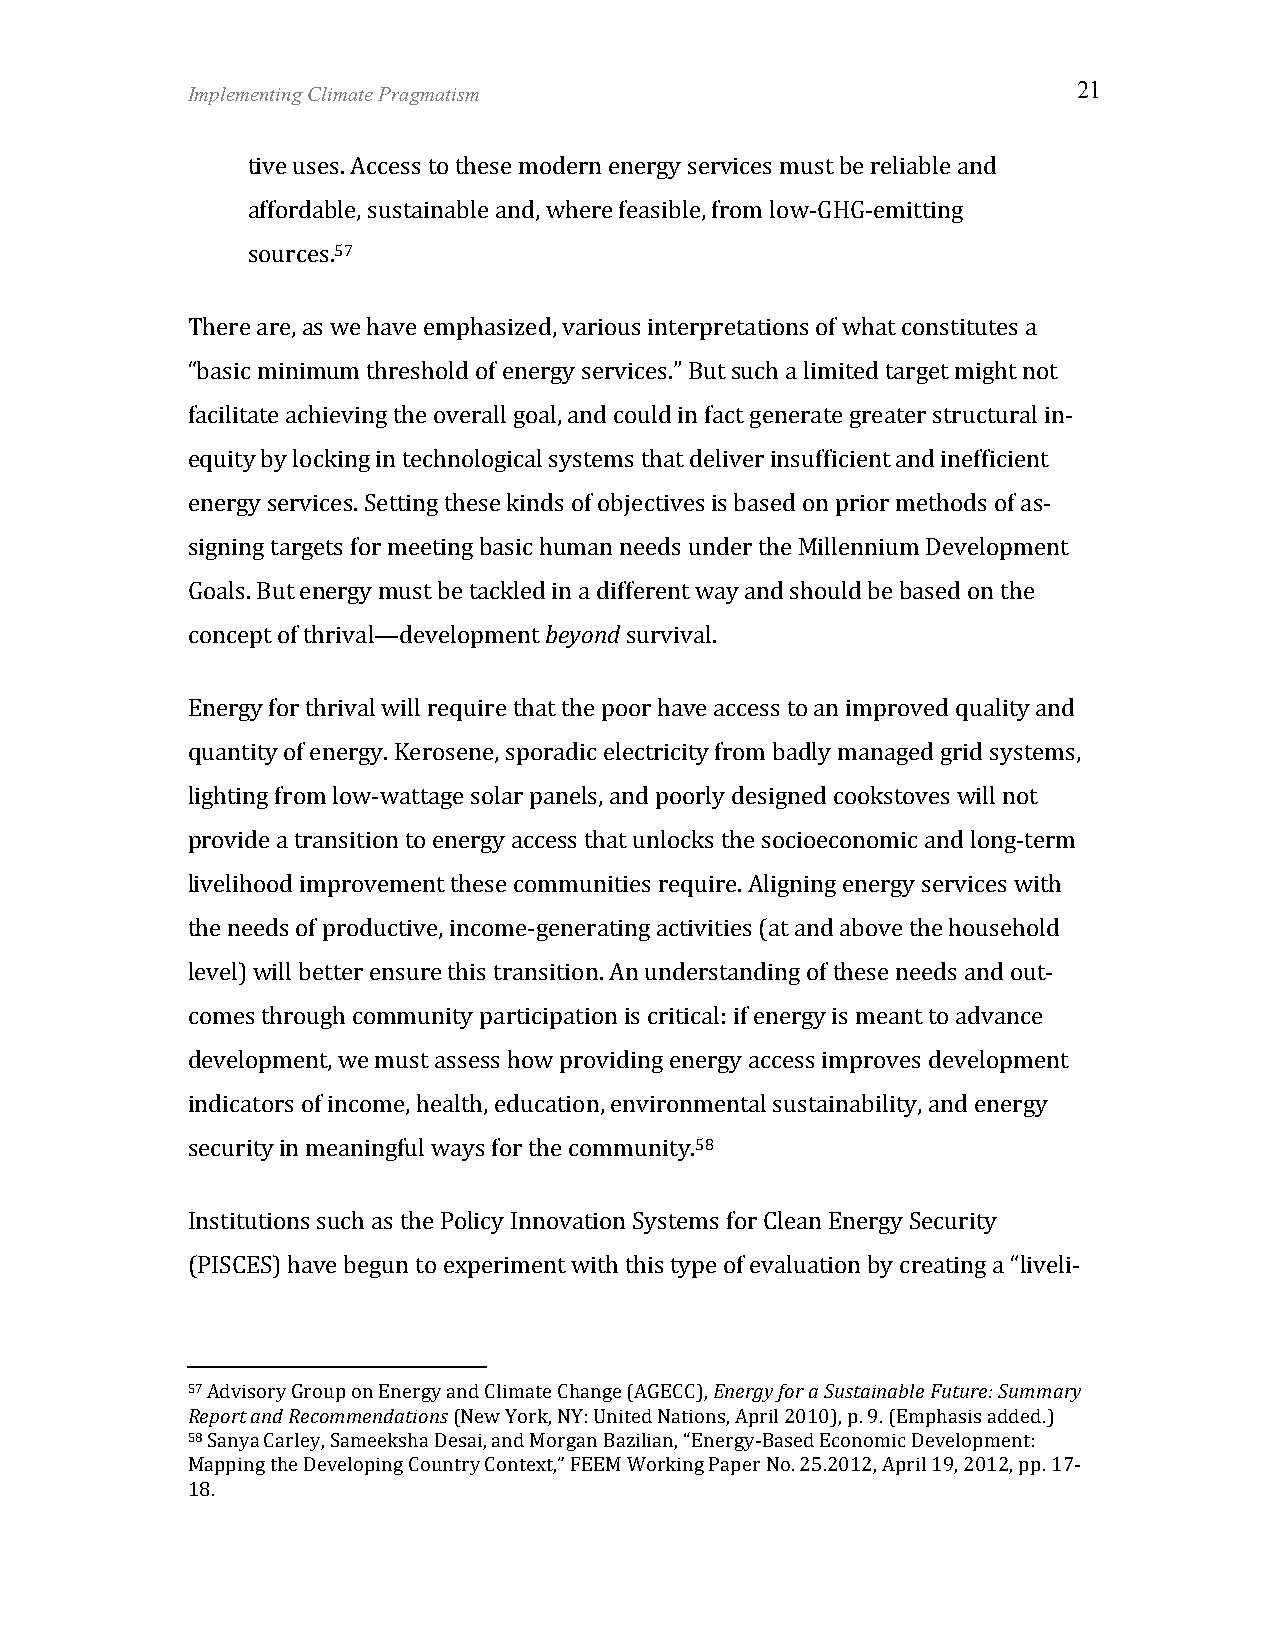
Implementing Climate Pragmatism                            21
 tive uses. Access to these modern energy services must be reliable and
 affordable, sustainable and, where feasible, from low-­‐GHG-­‐emitting
 sources.57
 There are, as we have emphasized, various interpretations of what constitutes a
 “basic minimum threshold of energy services.” But such a limited target might not
 facilitate achieving the overall goal, and could in fact generate greater structural in-­‐
 equity by locking in technological systems that deliver insufficient and inefficient
 energy services. Setting these kinds of objectives is based on prior methods of as-­‐
 signing targets for meeting basic human needs under the Millennium Development
 Goals. But energy must be tackled in a different way and should be based on the
 concept of thrival—development beyond survival.
 Energy for thrival will require that the poor have access to an improved quality and
 quantity of energy. Kerosene, sporadic electricity from badly managed grid systems,
 lighting from low-­‐wattage solar panels, and poorly designed cookstoves will not
 provide a transition to energy access that unlocks the socioeconomic and long-­‐term
 livelihood improvement these communities require. Aligning energy services with
 the needs of productive, income-­‐generating activities (at and above the household
 level) will better ensure this transition. An understanding of these needs and out-­‐
 comes through community participation is critical: if energy is meant to advance
 development, we must assess how providing energy access improves development
 indicators of income, health, education, environmental sustainability, and energy
 security in meaningful ways for the community.58
 Institutions such as the Policy Innovation Systems for Clean Energy Security
 (PISCES) have begun to experiment with this type of evaluation by creating a “liveli-­‐
 57 Advisory Group on Energy and Climate Change (AGECC), Energy for a Sustainable Future: Summary
 Report and Recommendations (New York, NY: United Nations, April 2010), p. 9. (Emphasis added.)
 58 Sanya Carley, Sameeksha Desai, and Morgan Bazilian, “Energy-­‐Based Economic Development:
 Mapping the Developing Country Context,” FEEM Working Paper No. 25.2012, April 19, 2012, pp. 17-­‐
 18.